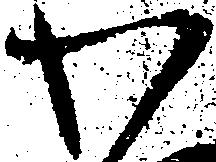
わ